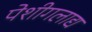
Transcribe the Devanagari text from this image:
पेशीगलाद्य